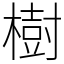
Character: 樹